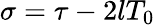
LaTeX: \sigma=\tau-2lT_{0}